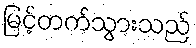
မြင့်တက်သွားသည်